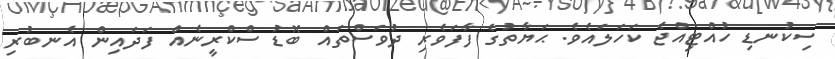
ސިކުނޑި ހުއްޓިއްޖެ ކަހަލައެވެ. ޙަޔާތުގެ ފާފަވެރި ދުވަސްތައް ބޮޑު ސްކްރީނެއް ފަދައިން އެނބުރި